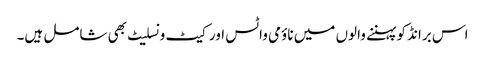
اس برانڈ کو پہننے والوں میں ناؤمی واٹس اور کیٹ ونسلیٹ بھی شامل ہیں۔